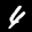
Label: 4